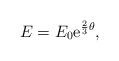
LaTeX: \begin{align*}E= E_0 {\rm e}^{\frac{2}{3}\theta},\end{align*}